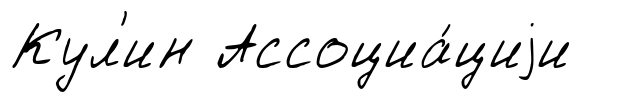
Кул'ин Ассоциа́циjи